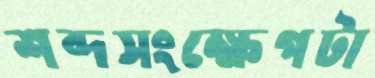
শব্দসংক্ষেপটা